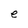
Character: e